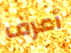
أعرف